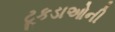
ટૂકડાઓની